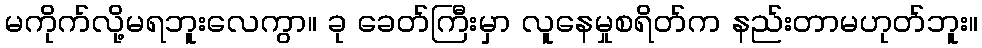
မကိုက်လို့မရဘူးလေကွာ။ ခု ခေတ်ကြီးမှာ လူနေမှုစရိတ်က နည်းတာမဟုတ်ဘူး။